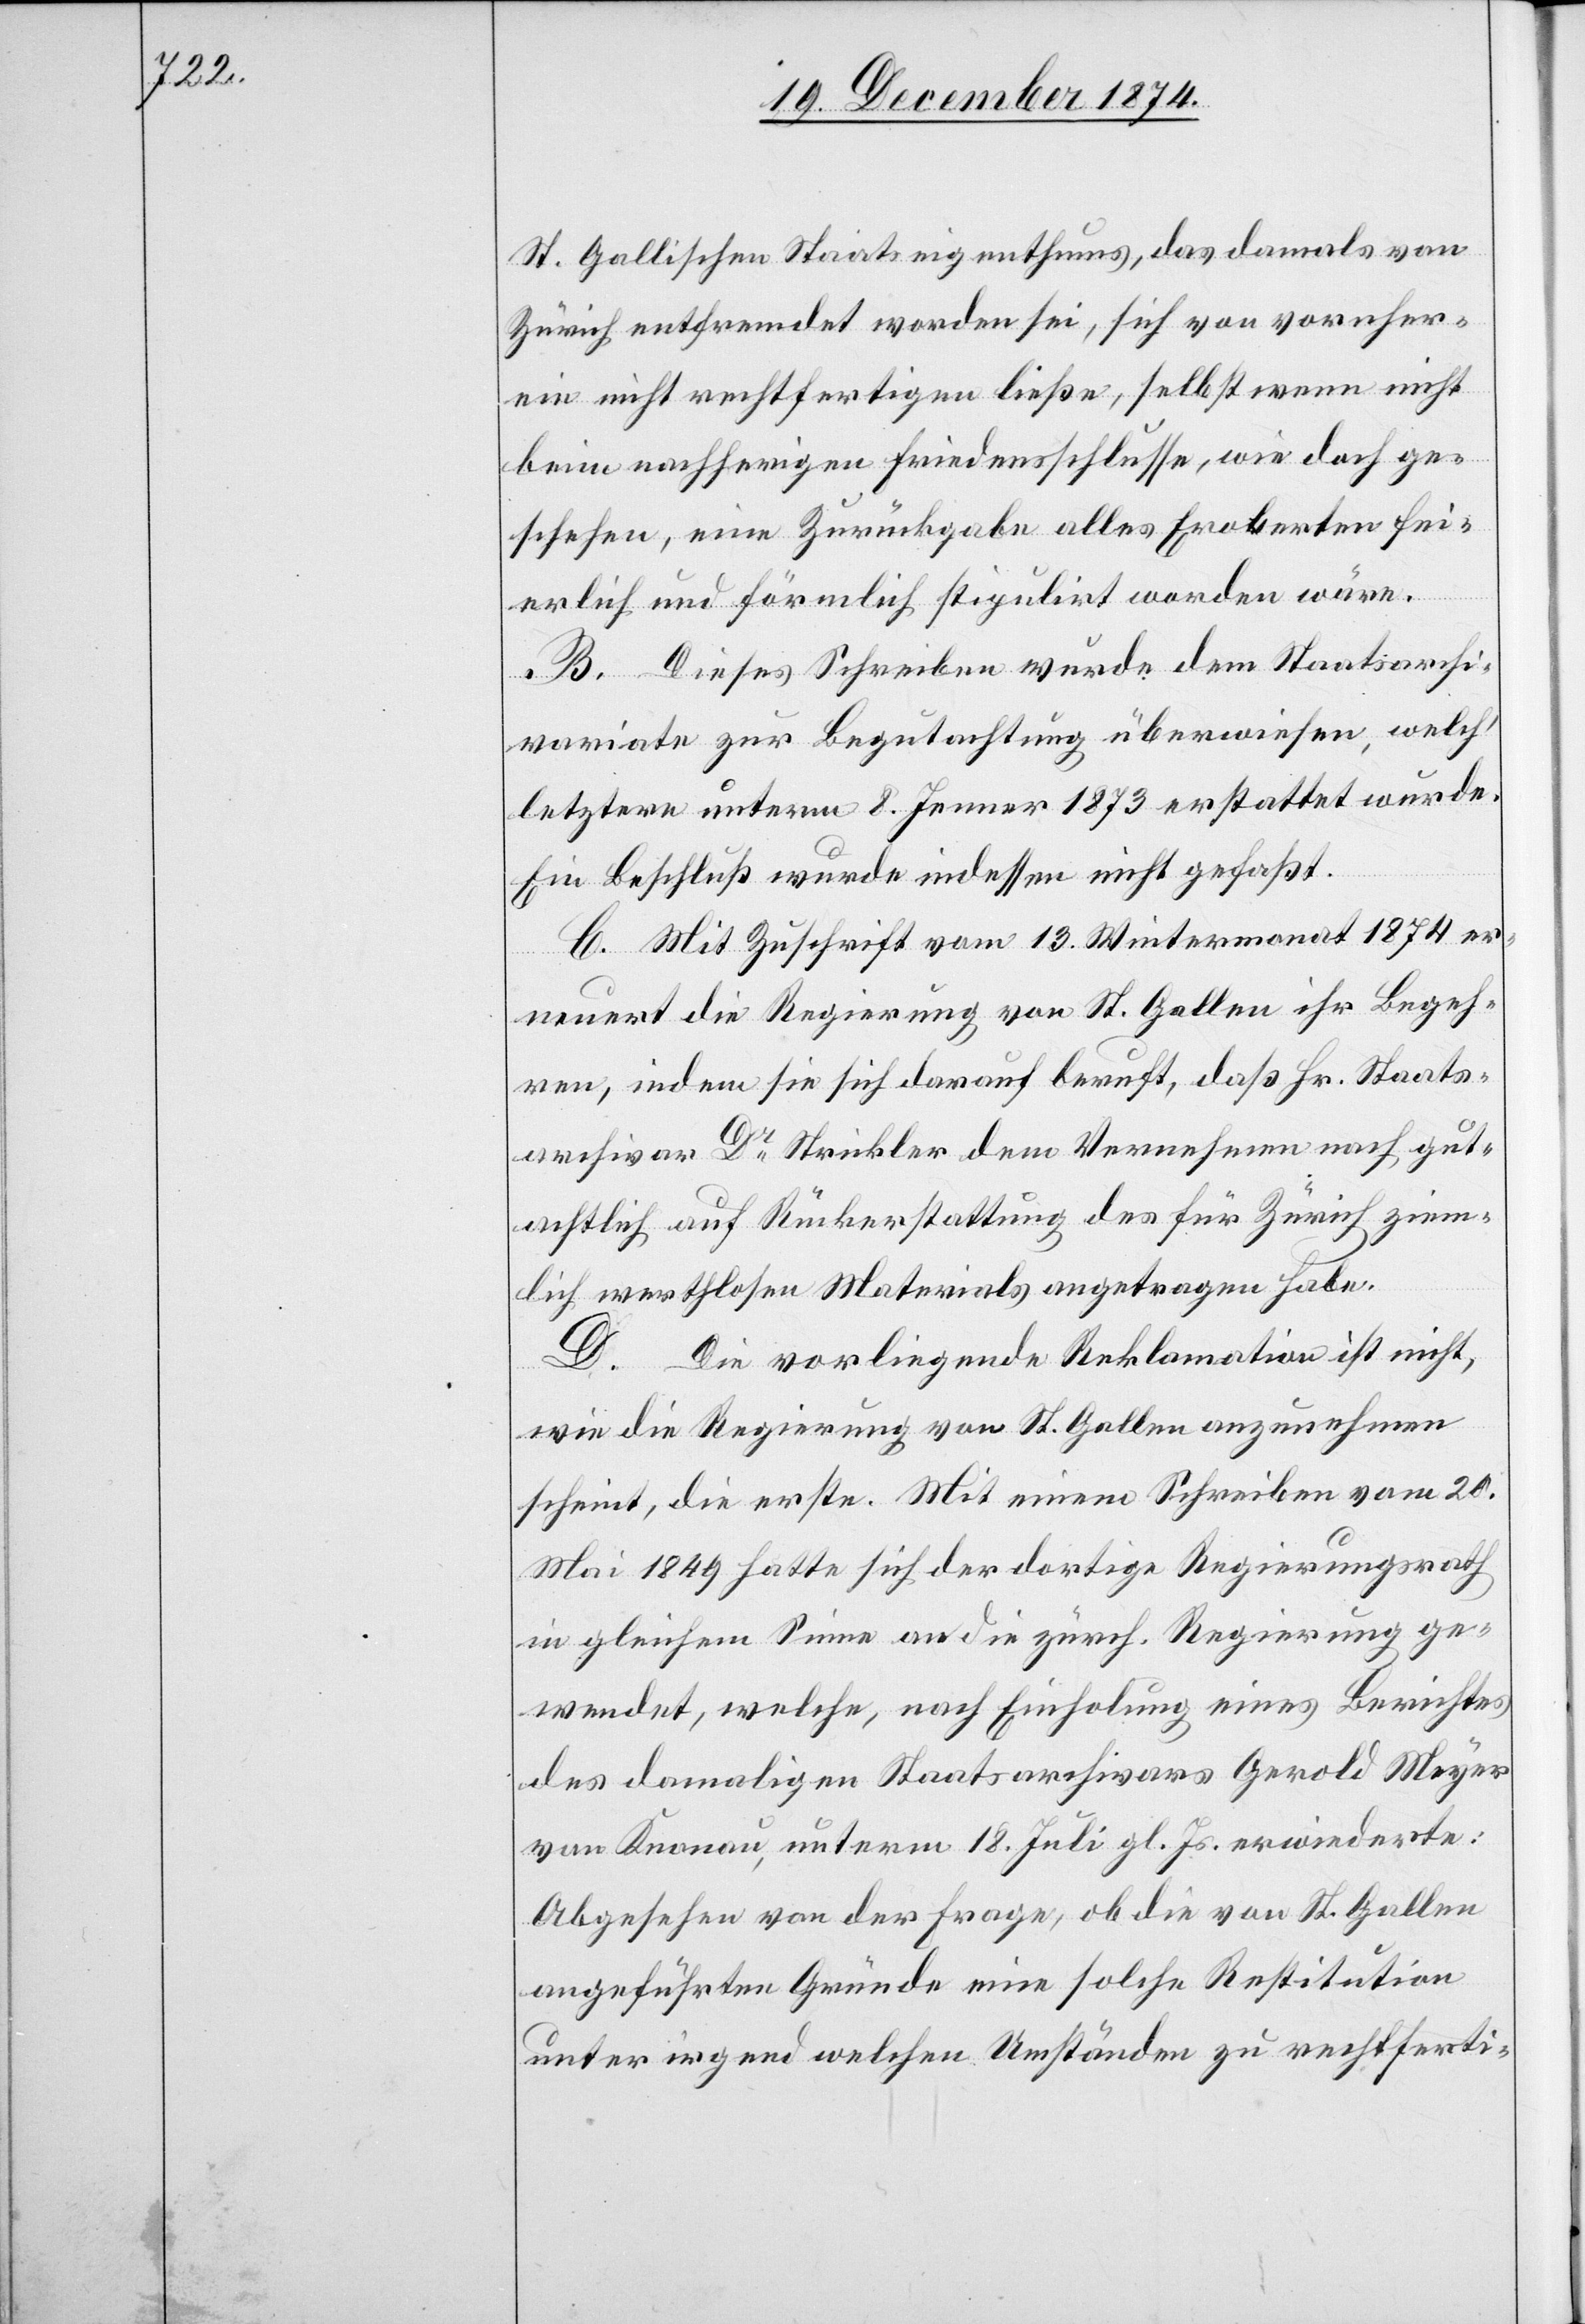
St. Gallischen Staatseigenthums, das damals von
Zürich entfremdet worden sei, sich von vornher¬
ein nicht rechtfertigen ließe, selbst wenn nicht
beim nachherigen Friedensschlusse, wie doch ge¬
schehen, eine Zurückgabe alles Eroberten fei¬
erlich und förmlich stipulirt worden wäre.
B. Dieses Schreiben wurde dem Staatsarchi¬
variate zur Begutachtung überwiesen, welch‘
letztern unterm 8. Jenner 1873 erstattet wurde.
Ein Beschluß wurde indessen nicht gefaßt.
C. Mit Zuschrift vom 13. Wintermonat 1874 er¬
neuert die Regierung von St. Gallen ihr Begeh¬
ren, indem sie sich darauf beruft, daß Hr. Staats¬
archivar Dr Strickler dem Vernehmen nach gut¬
achtlich auf Rückerstattung des für Zürich ziem¬
lich werthlosen Materials angetragen habe.
D. Die vorliegende Reklamation ist nicht,
wie die Regierung von St. Gallen anzunehmen
scheint, die erste. Mit einem Schreiben vom 20.
Mai 1849 hatte sich der dortige Regierungsrath
in gleichem Sinne an die zürch. Regierung ge¬
wendet, welche, nach Einholung eines Berichtes
des damaligen Staatsarchivars Gerold Meyer
von Knonau, unterm 18. Juli gl. Js. erwiederte:
Abgesehen von der Frage, ob die von St. Gallen
angeführten Gründe eine solche Restitution
unter irgend welchen Umständen zu rechtferti-